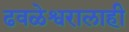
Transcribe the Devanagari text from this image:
ढवळेश्वरालाही